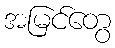
အမြင်တွေ